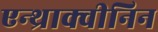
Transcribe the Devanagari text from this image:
एन्थ्राक्वीनिन